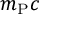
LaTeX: m _ { \mathrm { P } } c